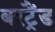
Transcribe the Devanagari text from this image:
बरट्रैंड